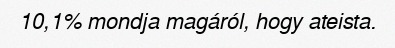
10,1% mondja magáról, hogy ateista.